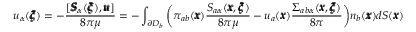
u _ { \alpha } ( { \pmb \xi } ) = - \frac { [ { \pmb S } _ { \alpha } ( { \pmb \xi } ) , { \pmb u } ] } { 8 \pi \mu } = - \int _ { \partial D _ { b } } { \bigg ( } \pi _ { a b } ( { \pmb x } ) \frac { S _ { a \alpha } ( { \pmb x } , { \pmb \xi } ) } { 8 \pi \mu } - u _ { a } ( { \pmb x } ) \frac { \Sigma _ { a b \alpha } ( { \pmb x } , { \pmb \xi } ) } { 8 \pi } { \bigg ) } n _ { b } ( { \pmb x } ) d S ( { \pmb x } )